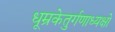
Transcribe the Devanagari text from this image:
धूम्रकेतुर्गणाध्यक्षो